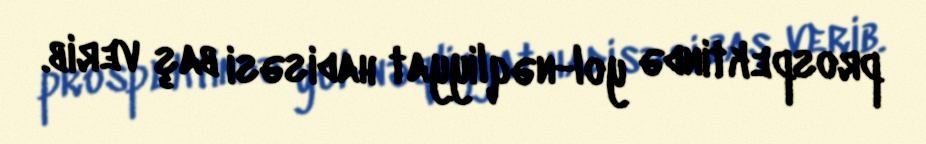
prospektində yol-nəqliyyat hadisəsi baş verib.